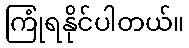
ကြုံရနိုင်ပါတယ်။